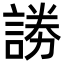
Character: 𮘞